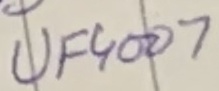
Text: UF4007